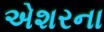
એશરના